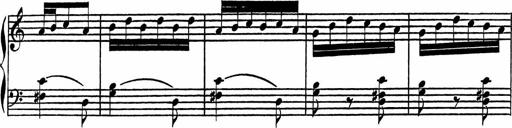
Title: 4 Piano Sonatinas
Composer: Adam Geibel